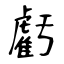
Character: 虧